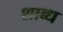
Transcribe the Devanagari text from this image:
शाब्ध